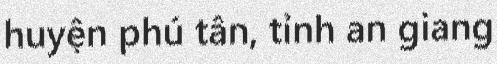
huyện phú tân, tỉnh an giang